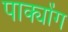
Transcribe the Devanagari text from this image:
पाक्योंग